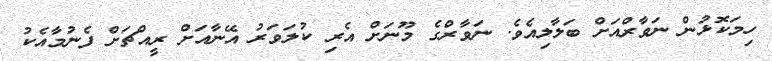
ހިމަކޮޅުން ނަވާރްއަށް ބަލާލިއެވެ. ނަވާރްގެ މޫނަށް އެރި ކުލަވަރު އޭނާއަށް ރީއްޗަށް ފެނުމާއެކު